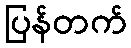
ပြန်တက်